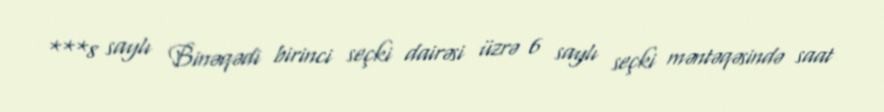
***8 saylı Binəqədi birinci seçki dairəsi üzrə 6 saylı seçki məntəqəsində saat